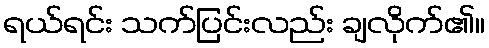
ရယ်ရင်း သက်ပြင်းလည်း ချလိုက်၏။